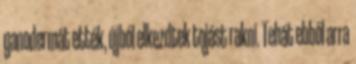
ganodermát ették, újból elkezdtek tojást rakni. Tehát ebből arra